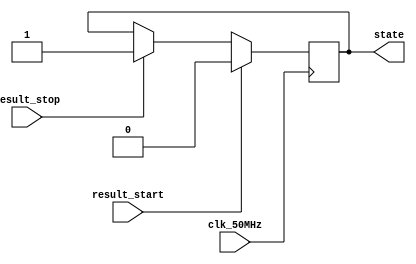
`timescale 1ns / 1ps
//State detect to hold the value as high when push button is pressed
module statedetect(result_start,result_stop,clk_50MHz,state);
input result_start,result_stop,clk_50MHz; //input buttons after passing through debouncer circuit
output reg state;

always@(posedge clk_50MHz)
begin
if(result_start)
   state=1'b0;
else if (result_stop)
	state=1'b1;
end

endmodule